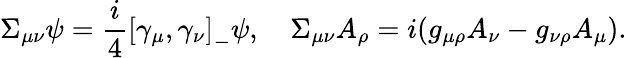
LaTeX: \Sigma_{\mu\nu}\psi=\frac{i}{4}\left[\gamma_{\mu},\gamma_{\nu}\right]_{-}\psi,\quad\Sigma_{\mu\nu}A_{\rho}=i(g_{\mu\rho}A_{\nu}-g_{\nu\rho}A_{\mu}).